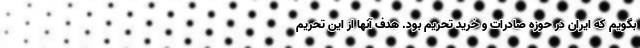
بگویم که ایران در حوزه صادرات و خرید تحریم بود. هدف آنها از این تحریم